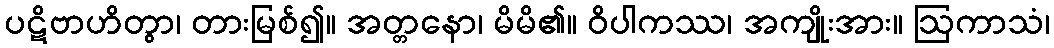
ပဋိဗာဟိတွာ၊ တားမြစ်၍။ အတ္တနော၊ မိမိ၏။ ဝိပါကဿ၊ အကျိုးအား။ ဩကာသံ၊